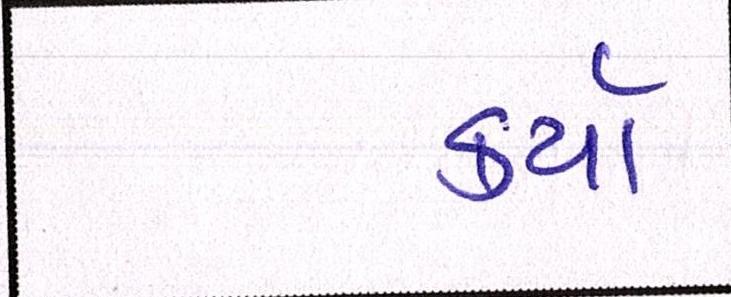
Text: કર્યા